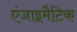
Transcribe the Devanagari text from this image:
एंजाइमैटिक